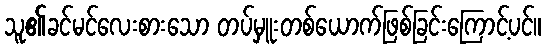
သူ၏ခင်မင်လေးစားသော တပ်မှူးတစ်ယောက်ဖြစ်ခြင်းကြောင့်ပင်။